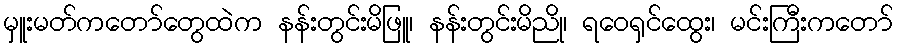
မှူးမတ်ကတော်တွေထဲက နန်းတွင်းမိဖြူ၊ နန်းတွင်းမိညို၊ ရဝေရှင်ထွေး၊ မင်းကြီးကတော်